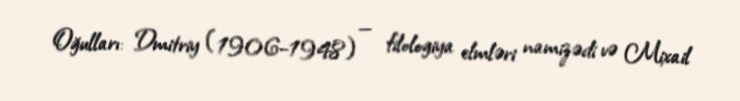
Oğulları: Dmitriy (1906–1948) — filologiya elmləri namizədi və Mixail